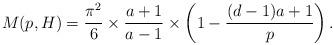
LaTeX: \begin{align*}M(p,H)=\frac{\pi^2}{6}\times\frac{a+1}{a-1}\times\left (1-\frac{(d-1)a+1}{p}\right ).\end{align*}